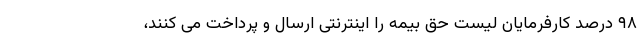
۹۸ درصد کارفرمایان لیست حق بیمه را اینترنتی ارسال و پرداخت می کنند،